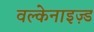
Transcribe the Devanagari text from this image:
वल्केनाइज़्ड